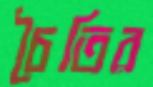
চৈতির